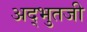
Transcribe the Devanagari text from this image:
अद्भुतजी